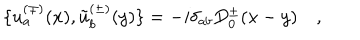
\{ u _ { a } ^ { ( \mp ) } ( x ) , \tilde { u } _ { b } ^ { ( \pm ) } ( y ) \} = - i \delta _ { a b } D _ { 0 } ^ { \pm } ( x - y ) \quad ,